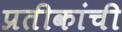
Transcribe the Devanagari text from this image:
प्रतीकांची